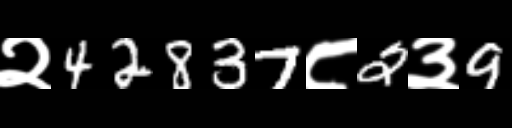
Text: २42837८2३9